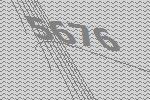
5676